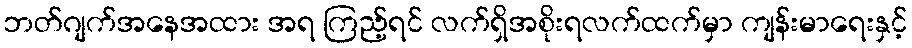
ဘတ်ဂျက်အနေအထား အရ ကြည့်ရင် လက်ရှိအစိုးရလက်ထက်မှာ ကျန်းမာရေးနှင့်